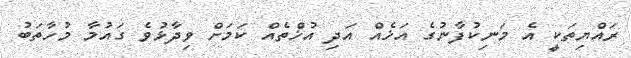
ރައްޔިތަކީ އެ މަނިކުފާނުގެ އަޚެއް އަދި އުޚްތެއް ކަމަށް ވިދާޅުވެ ގައުމާ މުހާތަބު